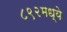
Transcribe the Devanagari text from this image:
८९२मध्ये